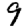
Digit: 9